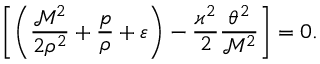
\left[ \left( \frac { \mathcal { M } ^ { 2 } } { 2 \rho ^ { 2 } } + \frac { p } { \rho } + \varepsilon \right) - \frac { \varkappa ^ { 2 } } { 2 } \frac { \theta ^ { 2 } } { \mathcal { M } ^ { 2 } } \right] = 0 .